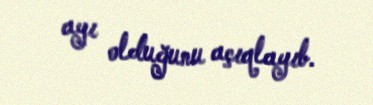
ayı olduğunu açıqlayıb.